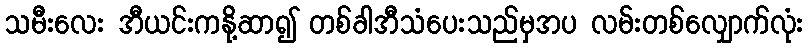
သမီးလေး အီယင်းကနို့ဆာ၍ တစ်ခါအီသံပေးသည်မှအပ လမ်းတစ်လျှောက်လုံး